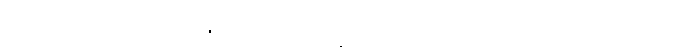
မရဏဿ, အဟိ ဝါ မံ ဍံသေယျ, ဝိစ္ဆိကော ဝါ မံ ဍံသေယျ, သတပဒီ ဝါ မံ